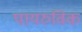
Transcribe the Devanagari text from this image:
पायरुविक